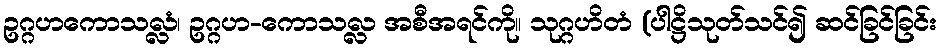
ဥဂ္ဂဟကောသလ္လံ၊ ဥဂ္ဂဟ-ကောသလ္လ အစီအရင်ကို။ သုဂ္ဂဟိတံ (ပါဋ္ဌိသုတ်သင်၍ ဆင်ခြင်ခြင်း